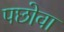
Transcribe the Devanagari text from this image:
पछोवा